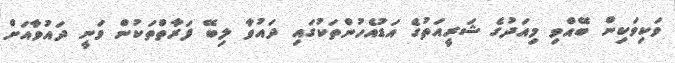
ވަކިވަކިން ބޭއްވި މިއަދުގެ ޝަރީއަތުގެ އަޑުއެހުންތަކުގައި ދައުވާ ލިބޭ ފަރާތްތަކުން ވަނީ ދައުވާއަށް